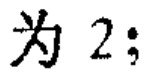
为 \(2;\)